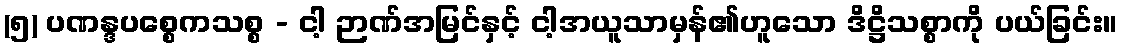
(၅) ပဏန္ဒပစ္စေကသစ္စ - ငါ့ ဉာဏ်အမြင်နှင့် ငါ့အယူသာမှန်၏ဟူသော ဒိဋ္ဌိသစ္စာကို ပယ်ခြင်း။